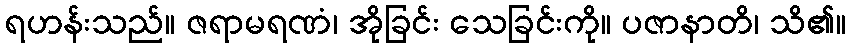
ရဟန်းသည်။ ဇရာမရဏံ၊ အိုခြင်း သေခြင်းကို။ ပဇာနာတိ၊ သိ၏။